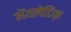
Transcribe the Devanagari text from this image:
अॅथलेटिक्